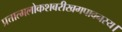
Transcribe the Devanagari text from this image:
प्रत्तात्मलोकशबरीखगपावनस्य।